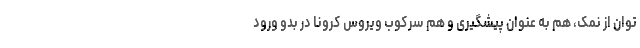
توان از نمک، هم به عنوان پیشگیری و هم سرکوب ویروس کرونا در بدو ورود